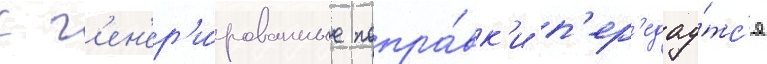
с г'ен'ер'и́рованные попра́вк'и п'ер'едау́тс'я